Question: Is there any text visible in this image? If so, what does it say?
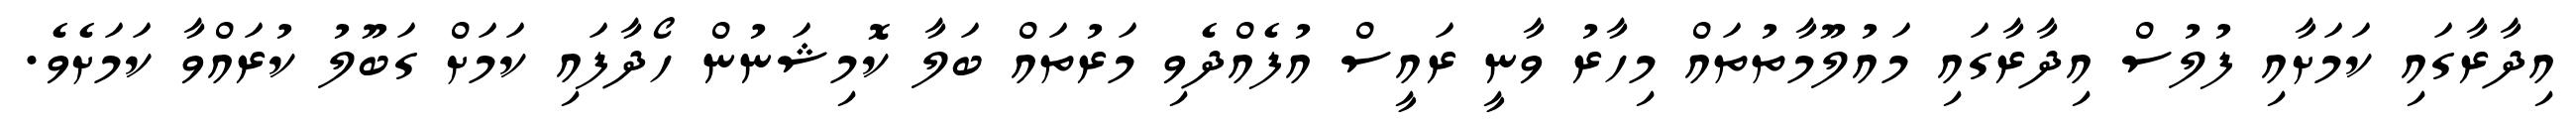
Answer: އިދާރާގައި ކަމަށާއި ފުލުސް އިދާރާގައި މައުލޫމާތުތައް މިހާރު ވާނީ ރައީސް އުފެއްދެވި މަރުތައް ބަލާ ކޮމިޝަނުން ހޯދާފައި ކަމަށް ގަބޫލު ކުރައްވާ ކަމަށެވެ.